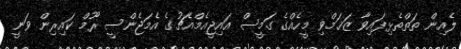
ލެއިން ތަތްތެޅިފައިވާ ޒަޚަމްވި މީހެއްގެ ގަމީސް އައިޖީއެމްއެޗުގެ އެމަޖެންސީ ރޫމް ކައިރިން ވަނީ